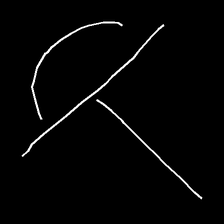
Glyph: dispersion